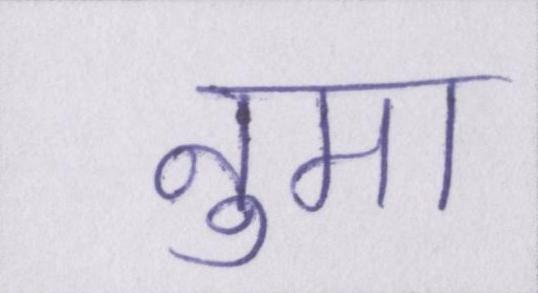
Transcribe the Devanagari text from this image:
नुमा